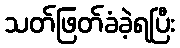
သတ်ဖြတ်ခံခဲ့ရပြီး